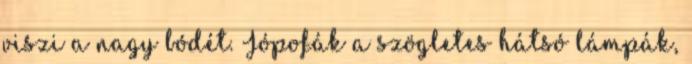
viszi a nagy bódét. Jópofák a szögletes hátsó lámpák,